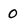
Character: 0